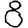
Digit: 8